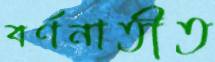
বর্ণনাতীত